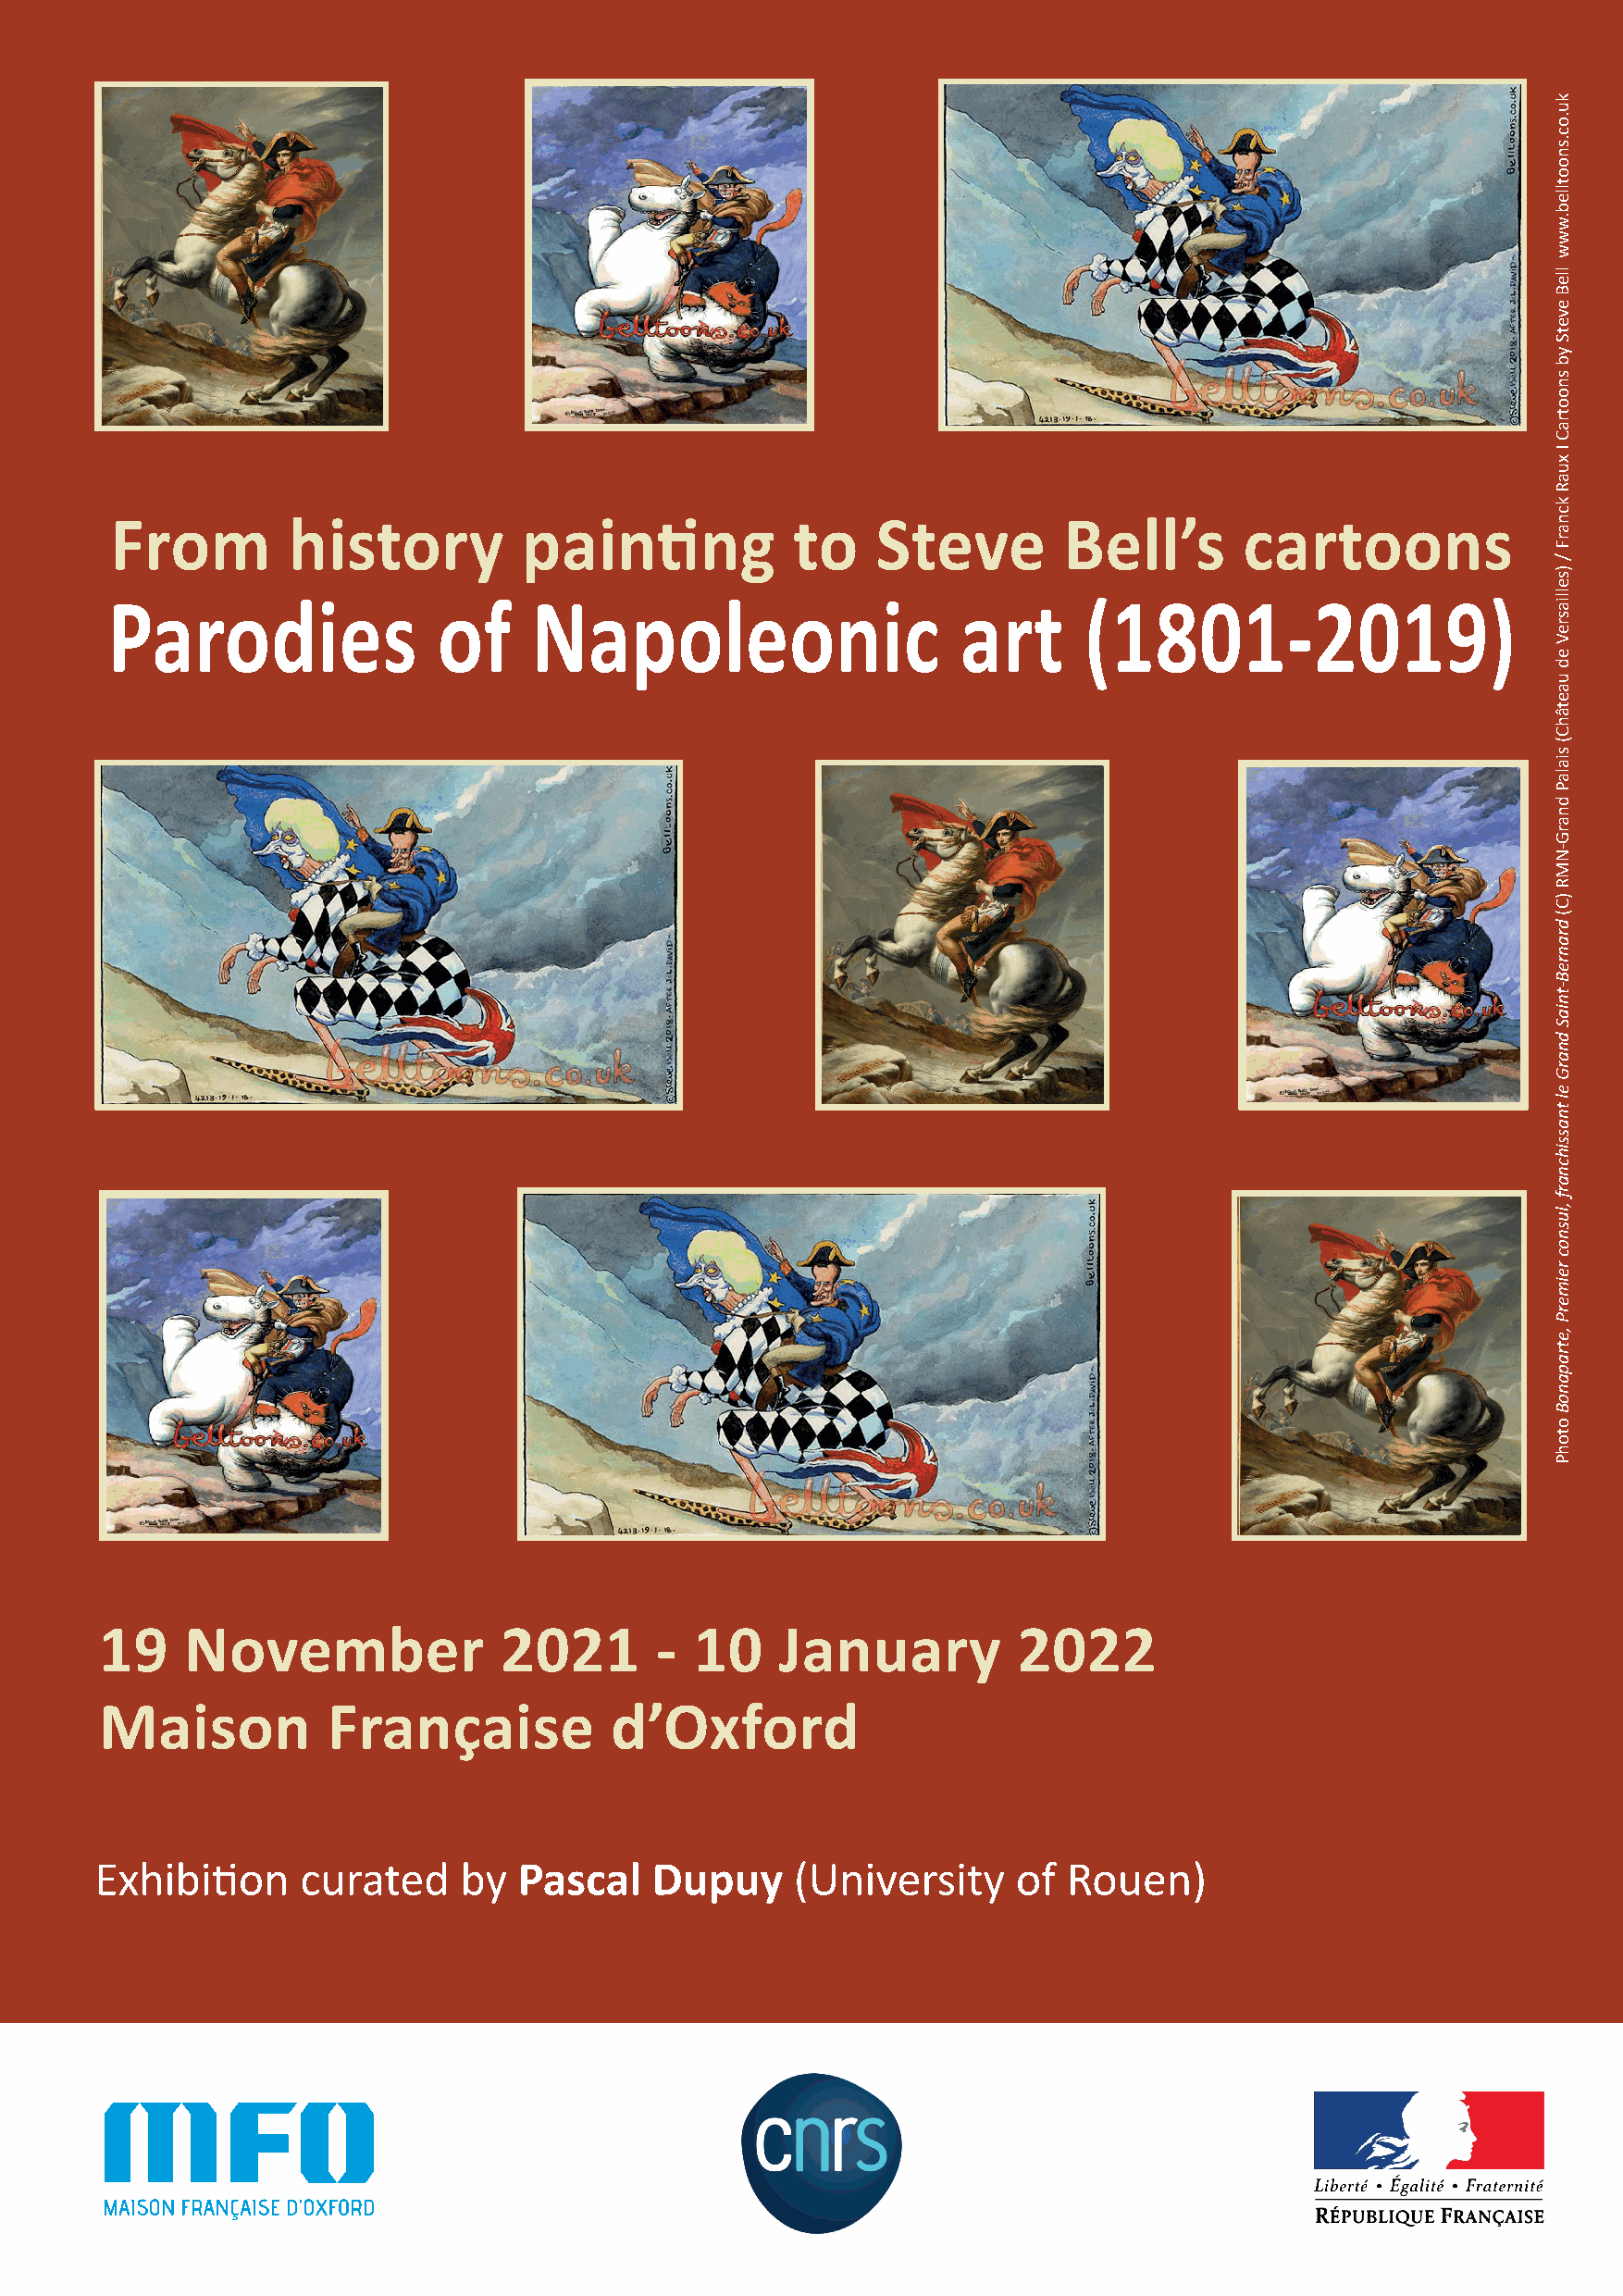
From         history         painting            to    Steve        Bell’s       cartoons
 Parodies               of     Napoleonic                     art      (1801-2019)
 19    November               2021       -  10    January          2022
 Maison          Française            d’Oxford
 Exhibition    curated     by  Pascal    Dupuy     (University     of Rouen)
 ku.oc.snootlleb.www
 lleB
 evetS
 yb
 snootraC
 I
 xuaR
 kcnarF
 /
 )selliasreV
 ed
 uaetâhC(
 sialaP
 dnarG-NMR
 )C(
 dranreB-tniaS
 dnarG
 el
 tnassihcnarf
 ,lusnoc
 reimerP
 ,etrapanoB
 otohP